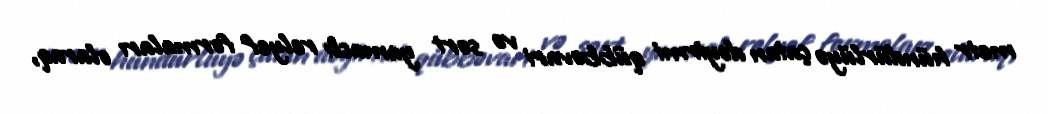
metr hündürlüyə çatan dəyirmi qübbəvari və sərt yamaclı relyef formaları olaraq,